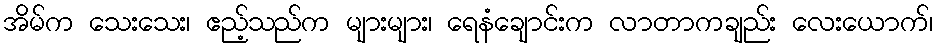
အိမ်က သေးသေး၊ ဧည့်သည်က များများ၊ ရေနံချောင်းက လာတာကချည်း လေးယောက်၊